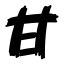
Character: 甘